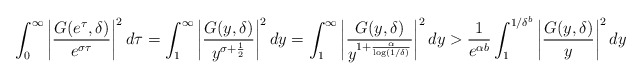
\begin{align*} \int_0^\infty \left| \frac{G(e^{\tau}, \delta)}{e^{\sigma\tau}} \right|^2 d\tau = \int_1^\infty \left| \frac{G(y, \delta)}{y^{\sigma+\frac{1}{2}}} \right|^2 dy &= \int_1^\infty \left| \frac{G(y, \delta)}{y^{1+\frac{\alpha}{\log(1/\delta)}}} \right|^2 dy > \frac{1}{e^{\alpha b}} \int_1^{1/\delta^b} \left| \frac{G(y, \delta)}{y} \right|^2 dy\end{align*}